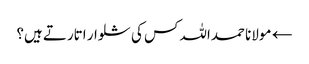
← مولانا حمداللہ کس کی شلوار اتارتے ہیں؟